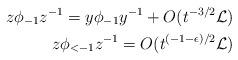
LaTeX: \begin{align*}z\phi_{-1}z^{-1}=y\phi_{-1}y^{-1}+O(t^{-3/2}\mathcal L) \\z\phi_{<-1}z^{-1}=O(t^{(-1-\epsilon)/2}\mathcal L)\end{align*}